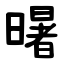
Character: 龧